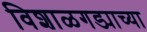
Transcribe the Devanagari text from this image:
विशाळगड्याच्या